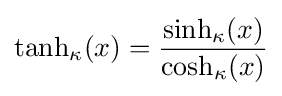
\tanh _{\kappa }(x)={\frac {\sinh _{\kappa }(x)}{\cosh _{\kappa }(x)}}